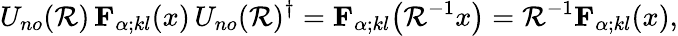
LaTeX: U_{no}(\mathcal{R})\, {\mathbf{{F}}}_{\alpha;kl}(x)\, U_{no}(\mathcal{R})^{\dagger}={\mathbf{{F}}}_{\alpha;kl}\bigl(\mathcal{R}^{-1}x\bigr)=\mathcal{R}^{-1}{\mathbf{{F}}}_{\alpha;kl}(x),